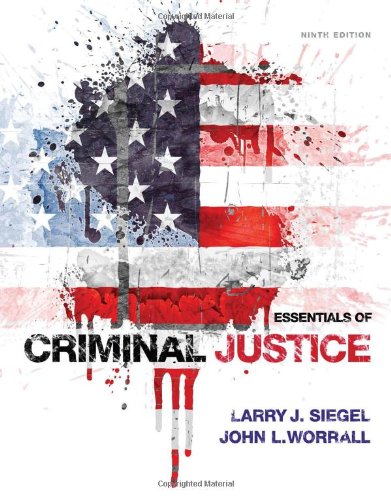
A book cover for Essentials of Criminal Justice; Larry J. Siegel; Education & Teaching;